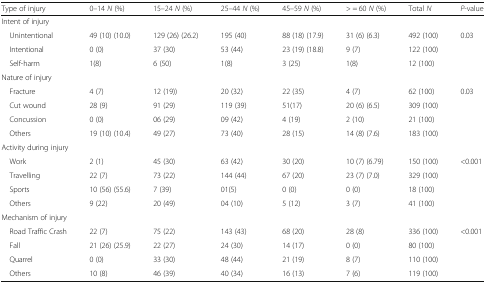
<table><thead><tr><td><b>Type of injury</b></td><td><b>0–14 <i>N</i> (%)</b></td><td><b>15–24 <i>N</i> (%)</b></td><td><b>25–44 <i>N</i> (%)</b></td><td><b>45–59 <i>N</i> (%)</b></td><td><b>&gt; = 60 <i>N</i> (%)</b></td><td><b>Total <i>N</i></b></td><td><b><i>P</i>-value</b></td></tr></thead><tbody><tr><td colspan="8">Intent of injury</td></tr><tr><td> Unintentional</td><td>49 (10) (10.0)</td><td>129 (26) (26.2)</td><td>195 (40)</td><td>88 (18) (17.9)</td><td>31 (6) (6.3)</td><td>492 (100)</td><td rowspan="3">0.03</td></tr><tr><td> Intentional</td><td>0 (0)</td><td>37 (30)</td><td>53 (44)</td><td>23 (19) (18.8)</td><td>9 (7)</td><td>122 (100)</td></tr><tr><td> Self-harm</td><td>1(8)</td><td>6 (50)</td><td>1(8)</td><td>3 (25)</td><td>1(8)</td><td>12 (100)</td></tr><tr><td colspan="8">Nature of injury</td></tr><tr><td> Fracture</td><td>4 (7)</td><td>12 (19))</td><td>20 (32)</td><td>22 (35)</td><td>4 (7)</td><td>62 (100)</td><td rowspan="4">0.03</td></tr><tr><td> Cut wound</td><td>28 (9)</td><td>91 (29)</td><td>119 (39)</td><td>51(17)</td><td>20 (6) (6.5)</td><td>309 (100)</td></tr><tr><td> Concussion</td><td>0 (0)</td><td>06 (29)</td><td>09 (42)</td><td>4 (19)</td><td>2 (10)</td><td>21 (100)</td></tr><tr><td> Others</td><td>19 (10) (10.4)</td><td>49 (27)</td><td>73 (40)</td><td>28 (15)</td><td>14 (8) (7.6)</td><td>183 (100)</td></tr><tr><td colspan="8">Activity during injury</td></tr><tr><td> Work</td><td>2 (1)</td><td>45 (30)</td><td>63 (42)</td><td>30 (20)</td><td>10 (7) (6.79)</td><td>150 (100)</td><td rowspan="4">&lt;0.001</td></tr><tr><td> Travelling</td><td>22 (7)</td><td>73 (22)</td><td>144 (44)</td><td>67 (20)</td><td>23 (7) (7.0)</td><td>329 (100)</td></tr><tr><td> Sports</td><td>10 (56) (55.6)</td><td>7 (39)</td><td>01(5)</td><td>0 (0)</td><td>0 (0)</td><td>18 (100)</td></tr><tr><td> Others</td><td>9 (22)</td><td>20 (49)</td><td>04 (10)</td><td>5 (12)</td><td>3 (7)</td><td>41 (100)</td></tr><tr><td colspan="8">Mechanism of injury</td></tr><tr><td> Road Traffic Crash</td><td>22 (7)</td><td>75 (22)</td><td>143 (43)</td><td>68 (20)</td><td>28 (8)</td><td>336 (100)</td><td rowspan="3">&lt;0.001</td></tr><tr><td> Fall</td><td>21 (26) (25.9)</td><td>22 (27)</td><td>24 (30)</td><td>14 (17)</td><td>0 (0)</td><td>80 (100)</td></tr><tr><td> Quarrel</td><td>0 (0)</td><td>33 (30)</td><td>48 (44)</td><td>21 (19)</td><td>8 (7)</td><td>110 (100)</td></tr><tr><td> Others</td><td>10 (8)</td><td>46 (39)</td><td>40 (34)</td><td>16 (13)</td><td>7 (6)</td><td>119 (100)</td><td></td></tr></tbody></table>